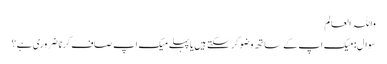
واللہ العالم
سوال:میک اپ کے ساتھ وضو کر سکتے ہیں یا پہلے میک اپ صاف کرنا ضروری ہے؟